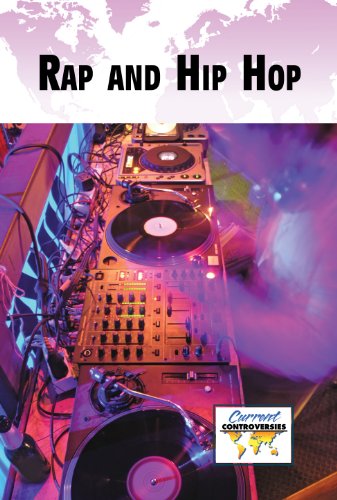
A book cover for Rap and Hip-Hop (Current Controversies); Tamara Thompson; Teen & Young Adult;